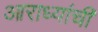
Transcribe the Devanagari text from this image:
आराध्यांची